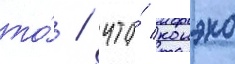
то́ / что́ конэко